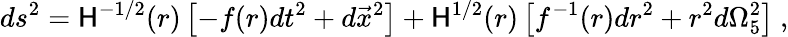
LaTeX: ds^{2}=\mathsf{H}^{-1/2}(r)\left[-f(r)dt^{2}+d\vec{{x}}^{2}\right]+\mathsf{H}^{1/2}(r)\left[f^{-1}(r)dr^{2}+r^{2}d\Omega_{5}^{2}\right]\ ,